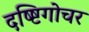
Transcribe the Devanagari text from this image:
दष्ष्टिगोचर